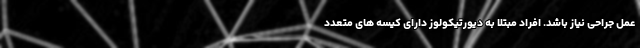
عمل جراحی نیاز باشد. افراد مبتلا به دیورتیکولوز دارای کیسه های متعدد